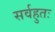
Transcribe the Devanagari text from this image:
सर्वहुतः